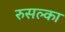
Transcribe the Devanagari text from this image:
रुसल्का